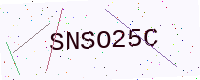
Text: SNSO25C